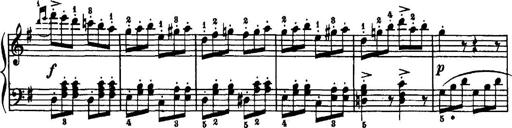
Title: 7 Sonatinas
Composer: Anton Diabelli